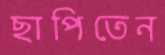
ছাপিতেন